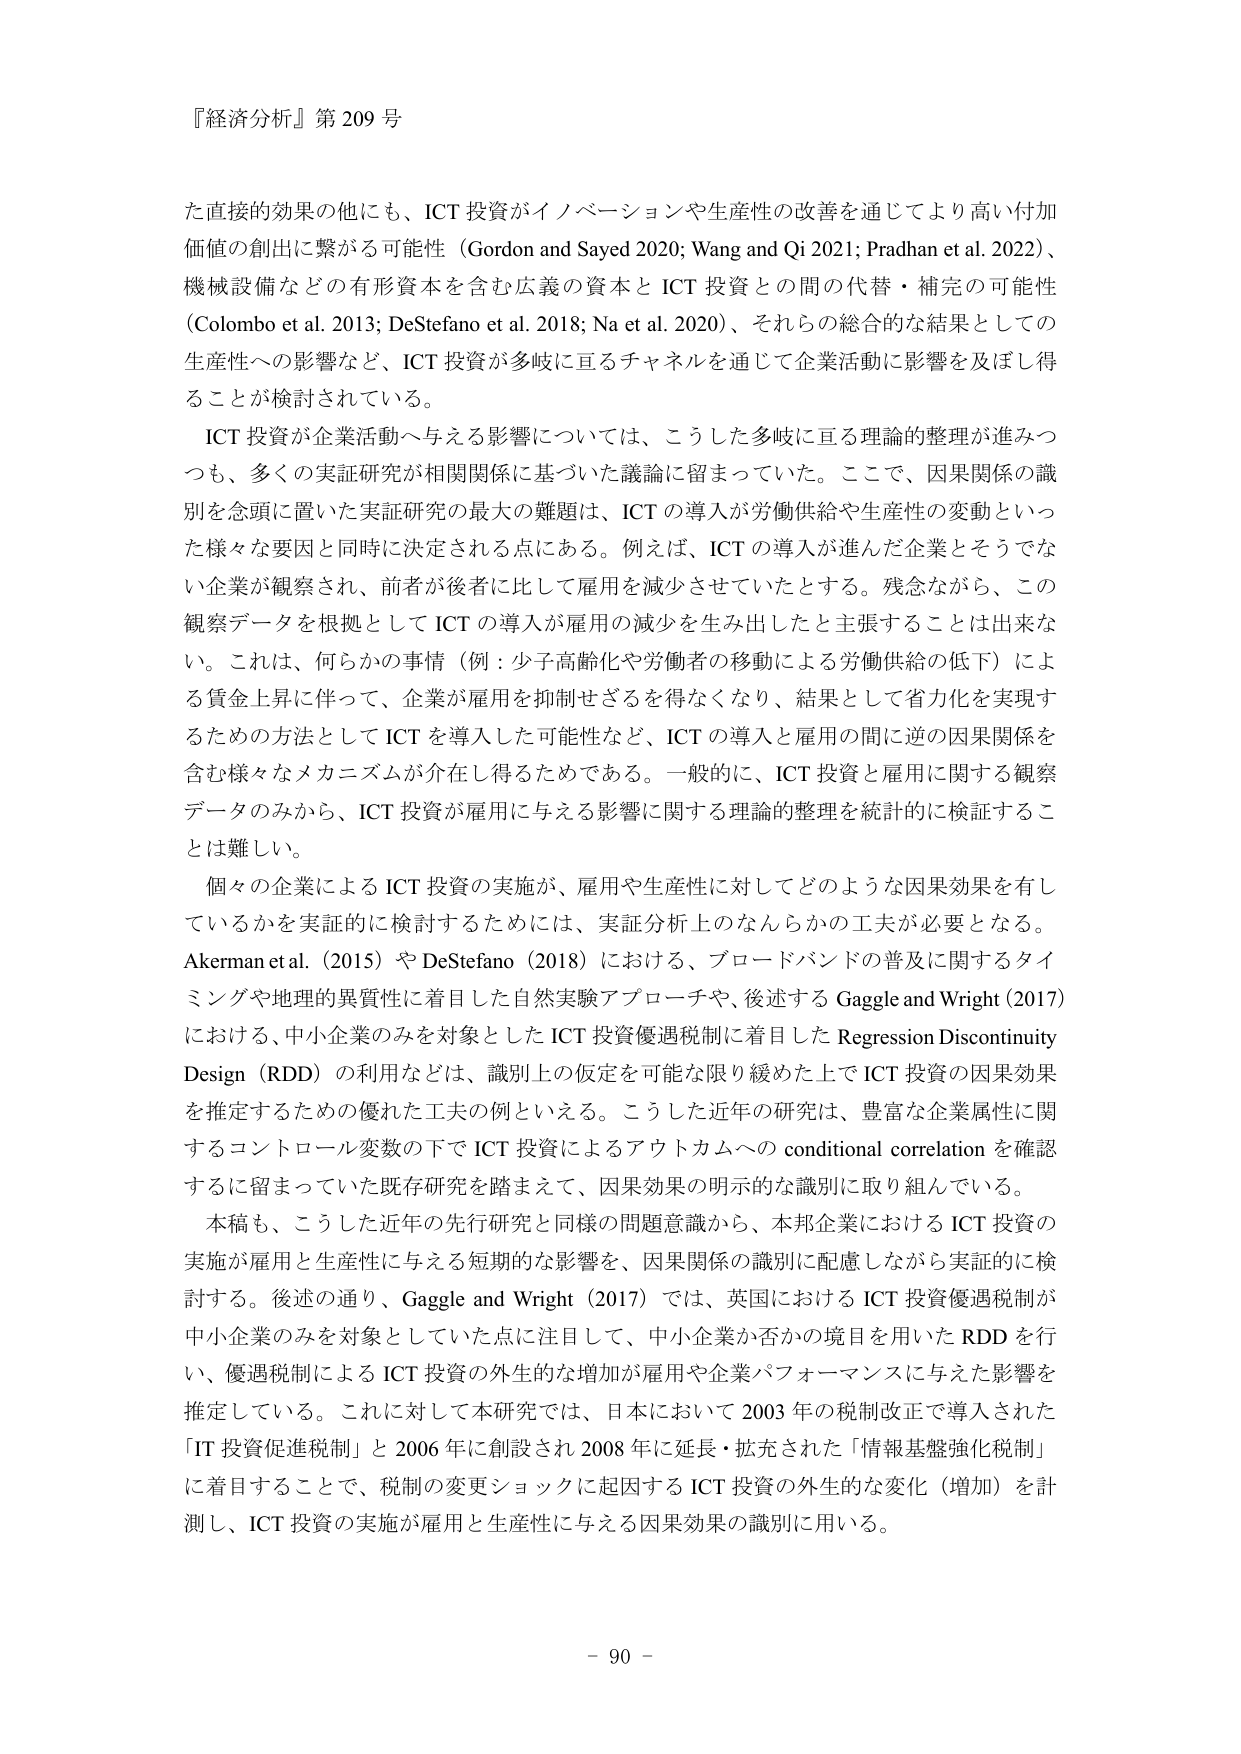
『経済分析』第 209 号

た直接的効果の他にも、ICT 投資がイノベーションや生産性の改善を通じてより高い付加価値の創出に繋がる可能性（Gordon and Sayed 2020; Wang and Qi 2021; Pradhan et al. 2022）、機械設備などの有形資本を含む広義の資本と ICT 投資との間の代替・補完の可能性（Colombo et al. 2013; DeStefano et al. 2018; Na et al. 2020）、それらの総合的な結果としての生産性への影響など、ICT 投資が多岐に亘るチャネルを通じて企業活動に影響を及ぼし得ることが検討されている。

ICT 投資が企業活動へ与える影響については、こうした多岐に亘る理論的整理が進みつつも、多くの実証研究が相関関係に基づいた議論に留まっていた。ここで、因果関係の識別を念頭に置いた実証研究の最大の難題は、ICT の導入が労働供給や生産性の変動といった様々な要因と同時に決定される点にある。例えば、ICT の導入が進んだ企業とそうでない企業が観察され、前者が後者に比して雇用を減少させていたとする。残念ながら、この観察データを根拠として ICT の導入が雇用の減少を生み出したと主張することは出来ない。これは、何らかの事情（例：少子高齢化や労働者の移動による労働供給の低下）による賃金上昇に伴って、企業が雇用を抑制せざるを得なくなり、結果として省力化を実現するための方法として ICT を導入した可能性など、ICT の導入と雇用の間に逆の因果関係を含む様々なメカニズムが介在し得るためである。一般的に、ICT 投資と雇用に関する観察データのみから、ICT 投資が雇用に与える影響に関する理論的整理を統計的に検証することは難しい。

個々の企業による ICT 投資の実施が、雇用や生産性に対してどのような因果効果を有しているかを実証的に検討するためには、実証分析上のなんらかの工夫が必要となる。Akerman et al.（2015）や DeStefano（2018）における、ブロードバンドの普及に関するタイミングや地理的異質性に着目した自然実験アプローチや、後述する Gaggle and Wright（2017）における、中小企業のみを対象とした ICT 投資優遇税制に着目した Regression Discontinuity Design（RDD）の利用などは、識別上の仮定を可能な限り緩めた上で ICT 投資の因果効果を推定するための優れた工夫の例といえる。こうした近年の研究は、豊富な企業属性に関するコントロール変数の下で ICT 投資によるアウトカムへの conditional correlation を確認するに留まっていた既存研究を踏まえて、因果効果の明示的な識別に取り組んでいる。

本稿も、こうした近年の先行研究と同様の問題意識から、本邦企業における ICT 投資の実施が雇用と生産性に与える短期的な影響を、因果関係の識別に配慮しながら実証的に検討する。後述の通り、Gaggle and Wright（2017）では、英国における ICT 投資優遇税制が中小企業のみを対象としていた点に注目して、中小企業か否かの境目を用いた RDD を行い、優遇税制による ICT 投資の外生的な増加が雇用や企業パフォーマンスに与えた影響を推定している。これに対して本研究では、日本において 2003 年の税制改正で導入された「IT 投資促進税制」と 2006 年に創設され 2008 年に延長・拡充された「情報基盤強化税制」に着目することで、税制の変更ショックに起因する ICT 投資の外生的な変化（増加）を計測し、ICT 投資の実施が雇用と生産性に与える因果効果の識別に用いる。

- 90 -